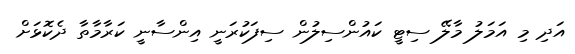
އަދި މި އަމަލު މާލޭ ސިޓީ ކައުންސިލުން ސިފަކުރަނީ އިންސާނީ ކަރާމާތާ ދެކޮޅަށް